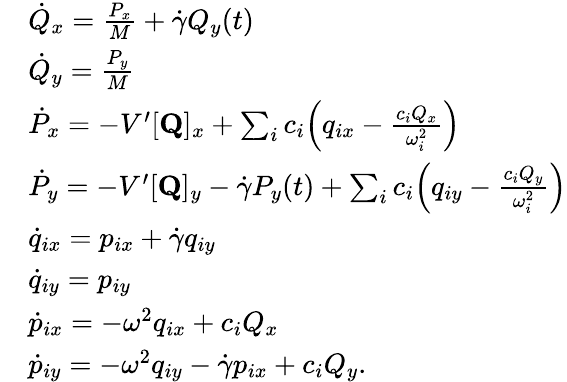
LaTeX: \begin{array}{rl}&{\dot{Q}_{x}=\frac{P_{x}}{M}+\dot{\gamma}Q_{y}(t)}\\ &{\dot{Q}_{y}=\frac{P_{y}}{M}}\\ &{\dot{P}_{x}=-V^{\prime}[\mathbf{{Q}}]_{x}+\sum_{i}c_{i}\Bigl(q_{ix}-\frac{c_{i}Q_{x}}{\omega_{i}^{2}}\Bigr)}\\ &{\dot{P}_{y}=-V^{\prime}[\mathbf{{Q}}]_{y}-\dot{\gamma}P_{y}(t)+\sum_{i}c_{i}\Bigl(q_{iy}-\frac{c_{i}Q_{y}}{\omega_{i}^{2}}\Bigr)}\\ &{\dot{q}_{ix}=p_{ix}+\dot{\gamma}q_{iy}}\\ &{\dot{q}_{iy}=p_{iy}}\\ &{\dot{p}_{ix}=-\omega^{2}q_{ix}+c_{i}Q_{x}}\\ &{\dot{p}_{iy}=-\omega^{2}q_{iy}-\dot{\gamma}p_{ix}+c_{i}Q_{y}.}\end{array}